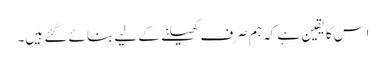
اس کا یقین ہے کہ ہم صرف کھیلنے کے لیے بنائے گئے ہیں۔